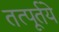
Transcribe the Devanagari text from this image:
तत्पूर्तये